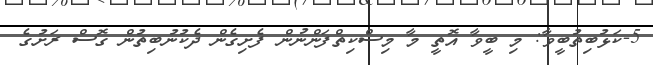
5-ކަޅުބިތުބީވާ: މި ބީވާ އޮތީ މާ މިސްކިތްފަންނުން ފެށިގެން ދެކުނުބިތުން ގޮސް ރަށުގެ